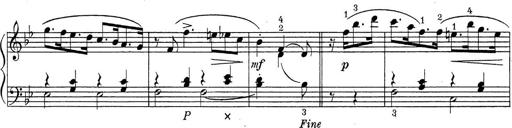
Title: ÄŒeskÃ© Sonatiny
Composer: Various